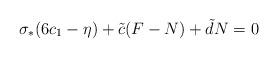
LaTeX: \begin{align*}\sigma_{*} (6c_{1} - \eta) + \tilde{c} (F-N) + \tilde{d}N = 0\end{align*}